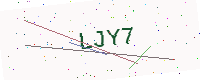
Text: LJY7